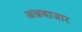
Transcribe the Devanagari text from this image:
अन्नबाजार